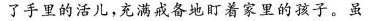
了手里的活儿，充满戒备地盯着家里的孩子。虽